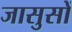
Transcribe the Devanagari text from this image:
जासुसों